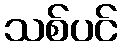
သစ်ပင်